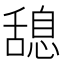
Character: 𦧯